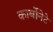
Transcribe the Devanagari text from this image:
कार्बोनेटे